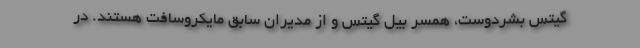
گیتس بشردوست، همسر بیل گیتس و از مدیران سابق مایکروسافت هستند. در